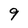
Character: 9